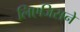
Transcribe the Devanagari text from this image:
लिएजिसने